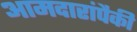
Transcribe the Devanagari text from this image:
आमदारांपैकी